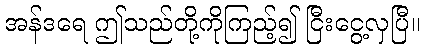
အန်ဒရေ ဤသည်တို့ကိုကြည့်၍ ငြီးငွေ့လှပြီ။